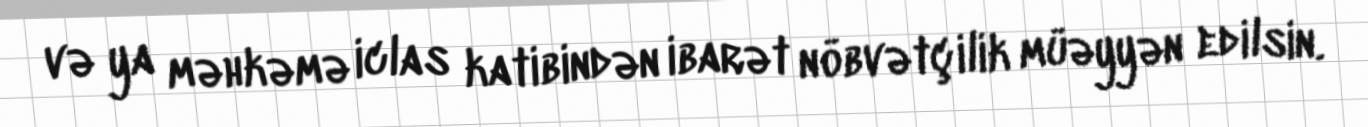
və ya məhkəmə iclas katibindən ibarət nöbvətçilik müəyyən edilsin.